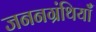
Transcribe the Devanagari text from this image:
जननग्रंथियाँ